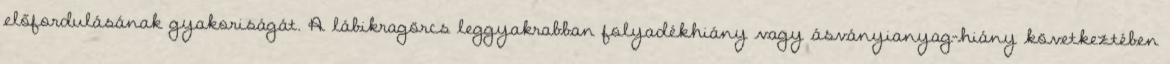
előfordulásának gyakoriságát. A lábikragörcs leggyakrabban folyadékhiány vagy ásványianyag-hiány következtében